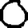
Digit: 0